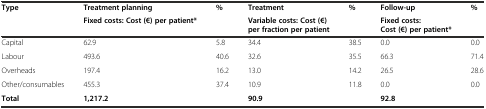
<table><thead><tr><td rowspan="2"><b>Type</b></td><td><b>Treatment planning</b></td><td rowspan="2"><b>%</b></td><td><b>Treatment</b></td><td rowspan="2"><b>%</b></td><td><b>Follow-up</b></td><td rowspan="2"><b>%</b></td></tr><tr><td><b>Fixed costs: Cost (€) per patient*</b></td><td><b>Variable costs: Cost (€) per fraction per patient</b></td><td><b>Fixed costs: Cost (€) per patient*</b></td></tr></thead><tbody><tr><td>Capital</td><td>62.9</td><td>5.8</td><td>34.4</td><td>38.5</td><td>0.0</td><td>0.0</td></tr><tr><td>Labour</td><td>493.6</td><td>40.6</td><td>32.6</td><td>35.5</td><td>66.3</td><td>71.4</td></tr><tr><td>Overheads</td><td>197.4</td><td>16.2</td><td>13.0</td><td>14.2</td><td>26.5</td><td>28.6</td></tr><tr><td>Other/consumables</td><td>455.3</td><td>37.4</td><td>10.9</td><td>11.8</td><td>0.0</td><td>0.0</td></tr><tr><td><b>Total</b></td><td><b>1,217.2</b></td><td></td><td><b>90.9</b></td><td></td><td><b>92.8</b></td><td></td></tr></tbody></table>